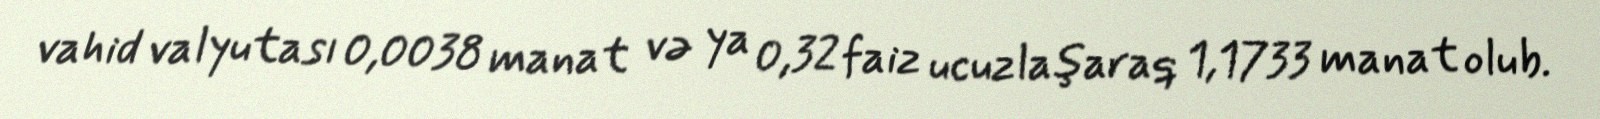
vahid valyutası 0,0038 manat və ya 0,32 faiz ucuzlaşaraq 1,1733 manat olub.